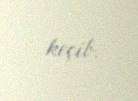
keçib.